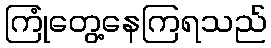
ကြုံတွေ့နေကြရသည်